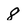
Character: 8